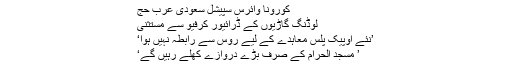
کورونا وائرس سپیشل سعودی عرب حج
لوڈنگ گاڑیوں کے ڈرائیور کرفیو سے مستثنی
’نئے اوپیک پلس معاہدے کے لیے روس سے رابطہ نہیں ہوا‘
’ مسجد الحرام کے صرف بڑے دروازے کھلے رہیں گے‘